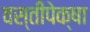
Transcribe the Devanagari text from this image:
वस्तीपेक्षा